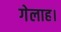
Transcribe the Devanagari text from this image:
गेलाह।